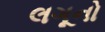
લગૂનો